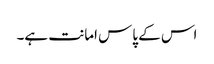
اس کے پاس امانت ہے۔